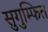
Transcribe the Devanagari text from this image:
सुगुम्फित